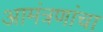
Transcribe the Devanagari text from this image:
आमंत्रणांचा